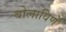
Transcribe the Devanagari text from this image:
बोलाविणे